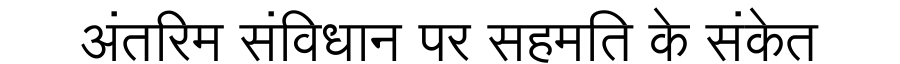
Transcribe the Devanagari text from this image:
अंतरिम संविधान पर सहमति के संकेत